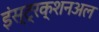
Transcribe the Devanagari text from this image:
इंस्ट्रक्शनअल